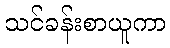
သင်ခန်းစာယူကာ